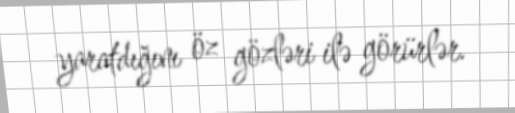
yaratdığını öz gözləri ilə görürlər.